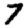
Digit: 7